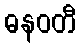
ဓနဝတီ